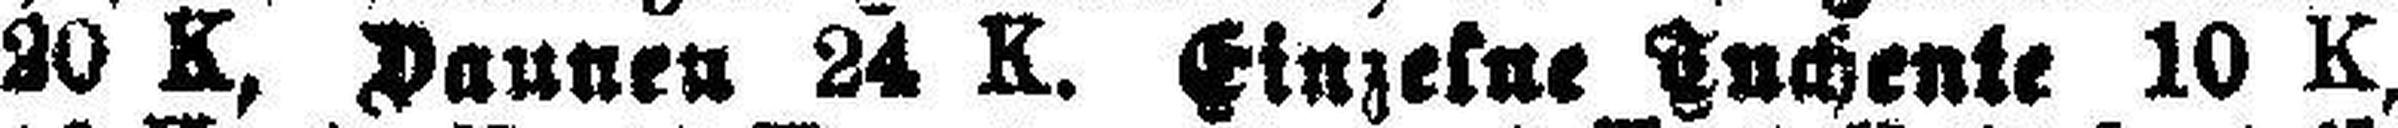
20 K, Daunen 24 K. Einzelne Tuchente 10 K,